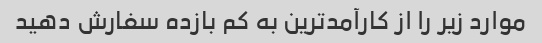
موارد زیر را از کارآمدترین به کم بازده سفارش دهید